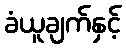
ခံယူချက်နှင့်